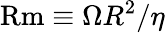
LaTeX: \mathrm{Rm}\equiv\Omega R^{2}/\eta